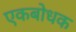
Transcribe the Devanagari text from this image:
एकबोधक